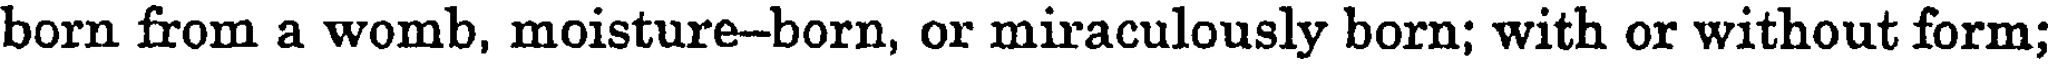
born from a womb, moisture-born, or miraculously born; with or without form;